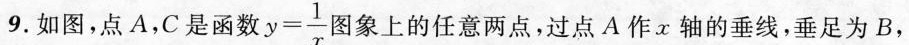
9.如图，点A，C是函数 $$y= \frac{1}{x}$$ 图象上的任意两点，过点A作x轴的垂线，垂足为B，